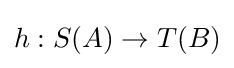
h:S(A)\rightarrow T(B)